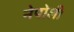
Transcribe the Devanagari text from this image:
नेपोली